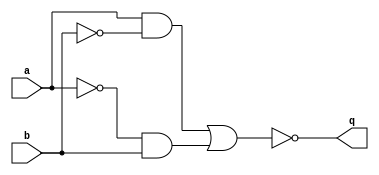
module XOR_gate(input a, input b, output q);
  wire w1, w2, w3, w4;

  and gate1(w1, a, ~b);
  and gate2(w2, ~a, b);
  or gate3(w3, w1, w2);
  not gate4(w4, w3);

  assign q = w4;

endmodule